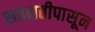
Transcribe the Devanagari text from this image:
सप्तशतीपासून